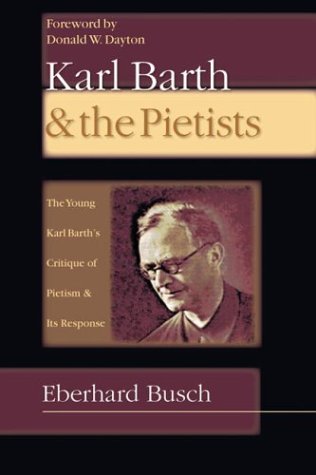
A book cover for Karl Barth & the Pietists: The Young Karl Barth's Critique of Pietism and Its Response; Eberhard Busch; Christian Books & Bibles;